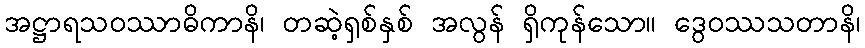
အဋ္ဌာရသဝဿာဓိကာနိ၊ တဆဲ့ရှစ်နှစ် အလွန် ရှိကုန်သော။ ဒွေဝဿသတာနိ၊